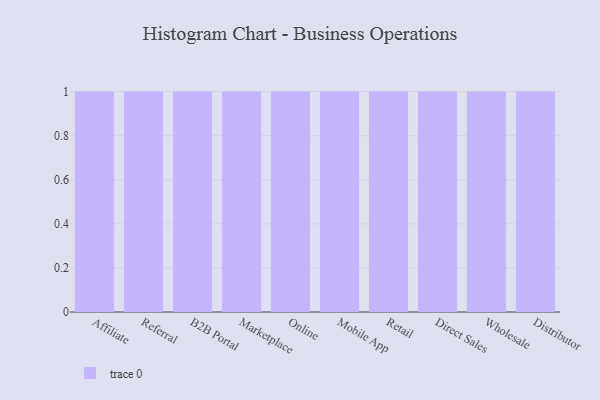
{"axis": {"x": "Channel", "y": "LTV (USD)"}, "legend": [""], "data": [{"x": "Affiliate", "y": 100, "type": ""}, {"x": "Referral", "y": 17, "type": ""}, {"x": "B2B Portal", "y": 78, "type": ""}, {"x": "Marketplace", "y": 10, "type": ""}, {"x": "Online", "y": 98, "type": ""}, {"x": "Mobile App", "y": 70, "type": ""}, {"x": "Retail", "y": 44, "type": ""}, {"x": "Direct Sales", "y": 87, "type": ""}, {"x": "Wholesale", "y": 81, "type": ""}, {"x": "Distributor", "y": 70, "type": ""}]}